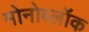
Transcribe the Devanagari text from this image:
मोनोब्लॉक